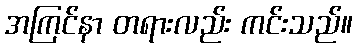
အကြင်နာ တရားလည်း ကင်းသည်။